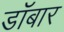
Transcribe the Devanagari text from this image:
डॉबार